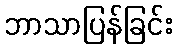
ဘာသာပြန်ခြင်း